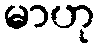
မာဟု